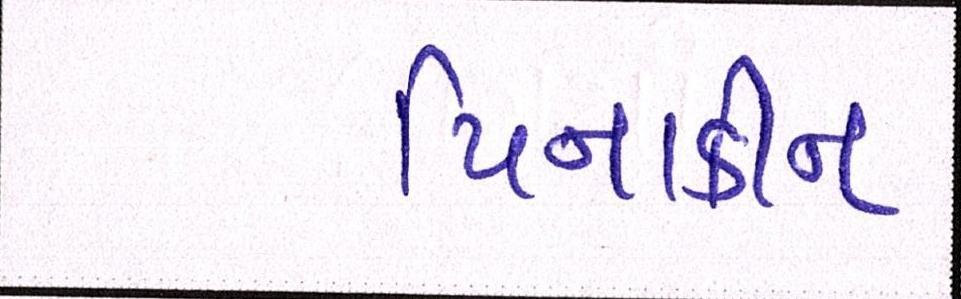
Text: પિનાકીન